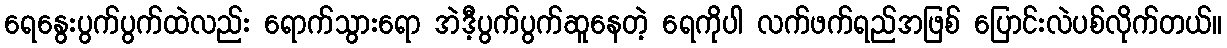
ရေနွေးပွက်ပွက်ထဲလည်း ရောက်သွားရော အဲဒီ့ပွက်ပွက်ဆူနေတဲ့ ရေကိုပါ လက်ဖက်ရည်အဖြစ် ပြောင်းလဲပစ်လိုက်တယ်။